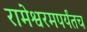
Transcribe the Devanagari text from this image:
रामेश्वरमपर्यंतच